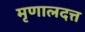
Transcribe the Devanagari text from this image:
मृणालदत्त